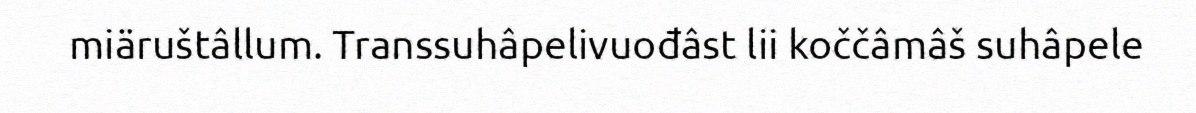
miäruštâllum. Transsuhâpelivuođâst lii koččâmâš suhâpele